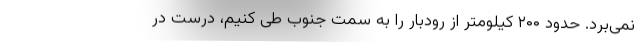
نمی‌برد. حدود ۲۰۰ کیلومتر از رودبار را به سمت جنوب طی کنیم، درست در